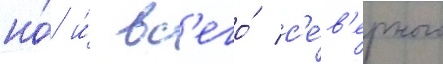
но́ и́ вс'его́ с'е́в'ерного